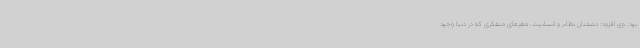
بود. وی افزود: دشمنان نظام و انسانیت، مغزهای متفکری که در دنیا وجود